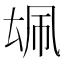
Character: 𪠜